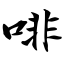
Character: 啡